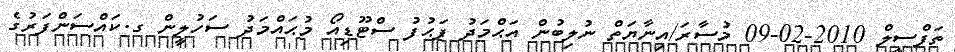
ތަފްސީލް 2010-02-09 މުސާރަ/އިނާޔަތް ނުލިބުން އަޙްމަދު ފަޙުފު ސްޓޫޑިއޯ މުޙައްމަދު ސަހުލީން ގ.ކައްސަންފަރުގެ